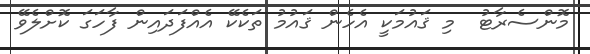
މޮންސެރާޓު  މި ޤައުމަކީ އެހެން ޤައުމު ތަކެކޭ އެއްފަދައިން ފާހަގަ ކޮށްލެވޭ